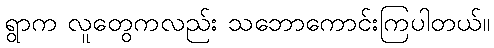
ရွာက လူတွေကလည်း သဘောကောင်းကြပါတယ်။